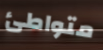
متواطئ